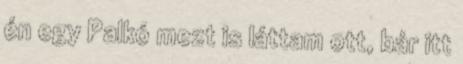
én egy Palkó mezt is láttam ott, bár itt